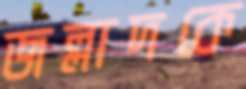
জল্লাদকে